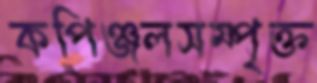
কপিঞ্জলসম্পৃক্ত